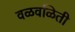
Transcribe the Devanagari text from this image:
वळवळिती